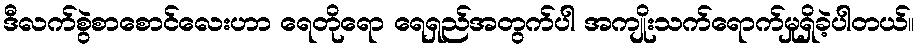
ဒီလက်စွဲစာစောင်လေးဟာ ရေတိုရော ရေရှည်အတွက်ပါ အကျိုးသက်ရောက်မှုရှိခဲ့ပါတယ်။